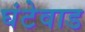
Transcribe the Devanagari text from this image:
घंटेवाड